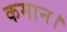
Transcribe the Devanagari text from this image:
कमान।